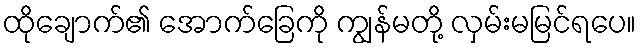
ထိုချောက်၏ အောက်ခြေကို ကျွန်မတို့ လှမ်းမမြင်ရပေ။